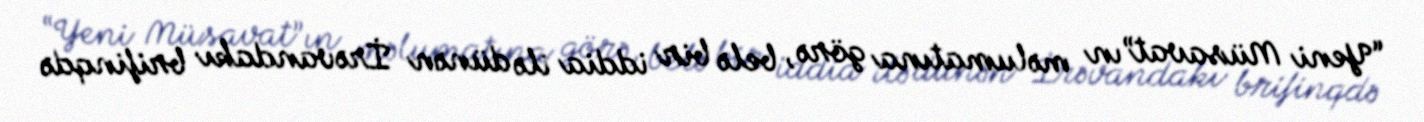
“Yeni Müsavat”ın məlumatına görə, belə bir iddia ilə dünən İrəvandakı brifinqdə